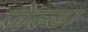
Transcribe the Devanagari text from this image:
जेल्डा